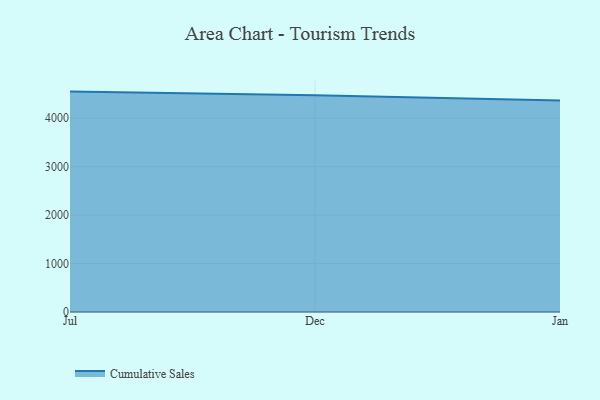
{"axis": {"x": "Month", "y": "Gross Profit (USD K)"}, "legend": ["Cumulative Sales"], "data": [{"x": "Jul", "y": 4550.1, "type": "Cumulative Sales"}, {"x": "Dec", "y": 4474.2, "type": "Cumulative Sales"}, {"x": "Jan", "y": 4364.8, "type": "Cumulative Sales"}]}